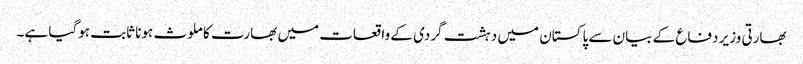
بھارتی وزیر دفاع کے بیان سے پاکستان میں دہشت گردی کے واقعات میں بھارت کا ملوث ہونا ثابت ہوگیا ہے۔